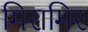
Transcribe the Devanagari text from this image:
मिरामिर